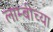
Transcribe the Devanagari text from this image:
लाम्बीच्या